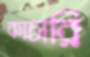
কাচারি